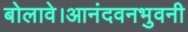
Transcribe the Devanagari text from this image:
बोलावे।आनंदवनभुवनी